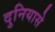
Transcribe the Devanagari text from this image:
दुनियासे